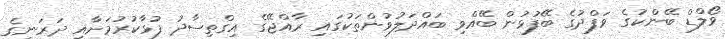
ވޯލްޑް ބޭންކުގެ ވަފްދުގެ ބޭފުޅުން ބޭއްވި ބައްދަލުވުންތަކުގައި ރާއްޖޭގެ އިގްތިސާދު ފުޅާކުރުމަށާއި ދަރަނީގެ